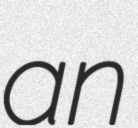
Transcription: an